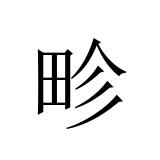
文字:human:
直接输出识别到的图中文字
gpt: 畛